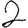
Digit: 2